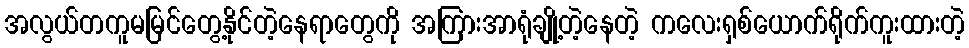
အလွယ်တကူမမြင်တွေ့နိုင်တဲ့နေရာတွေကို အကြားအာရုံချို့တဲ့နေတဲ့ ကလေးရှစ်ယောက်ရိုက်ကူးထားတဲ့